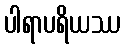
ပါရာပရိယဿ